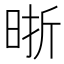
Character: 晣